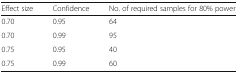
| Effect size | Confidence | No. of required samples for 80% power |
 | --- | --- | --- |
 | 0.70 | 0.95 | 64 |
 | 0.70 | 0.99 | 95 |
 | 0.75 | 0.95 | 40 |
 | 0.75 | 0.99 | 60 |